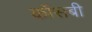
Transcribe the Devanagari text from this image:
कॉसबी